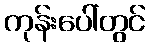
ကုန်းပေါ်တွင်